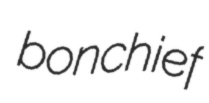
bonchief